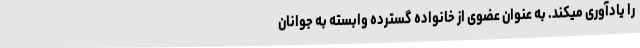
را یادآوری میکند. به عنوان عضوی از خانواده گسترده وابسته به جوانان